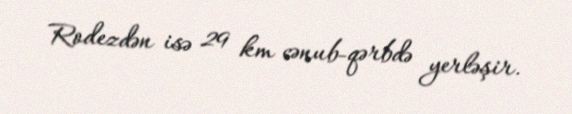
Rodezdən isə 29 km cənub-qərbdə yerləşir.